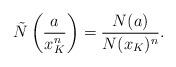
LaTeX: \begin{align*} \tilde{N} \left( \frac{a}{x_K^n} \right) = \frac{N(a)}{N(x_K)^n}.\end{align*}